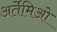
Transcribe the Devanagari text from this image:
अर्तेमिओ